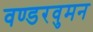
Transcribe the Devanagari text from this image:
वण्डरवुमन